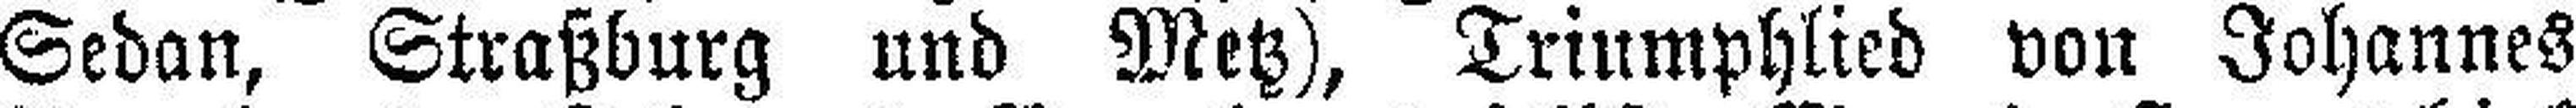
Sedan, Straßburg und Metz), Triumphlied von Johannes